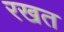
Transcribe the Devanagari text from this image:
रखत